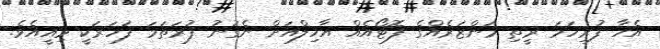
އެހާ ފުރިހަމަ ރީތި މަންޒަރެއްގެ ފޮޓޯއެއް އާހިލްއަށް ނެގުނު ފުރަތަމަ ފަހަރަކީ މިއީއެވެ.